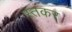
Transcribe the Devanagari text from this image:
स्तकर